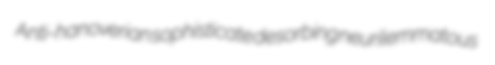
Anti-hanoverian sophisticate desorbing neurilemmatous